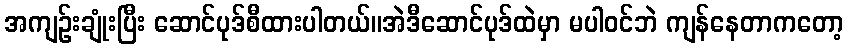
အကျဉ်းချုံးပြီး ဆောင်ပုဒ်စီထားပါတယ်။အဲဒီဆောင်ပုဒ်ထဲမှာ မပါဝင်ဘဲ ကျန်နေတာကတော့